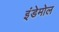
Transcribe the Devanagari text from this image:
इंडेमोल